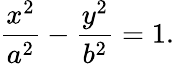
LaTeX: {\frac{x^{2}}{a^{2}}}-{\frac{y^{2}}{b^{2}}}=1.